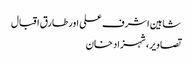
شاہین اشرف علی اور طارق اقبال
تصاویر، شہزاد خان